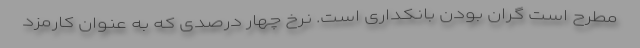
مطرح است گران بودن بانکداری است. نرخ چهار درصدی که به عنوان کارمزد